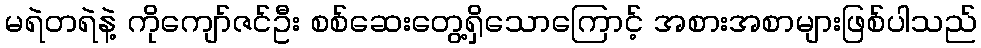
မရဲတရဲနဲ့ ကိုကျော်ဇင်ဦး စစ်ဆေးတွေ့ရှိသောကြောင့် အစားအစာများဖြစ်ပါသည်